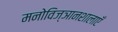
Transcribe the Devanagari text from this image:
मनोविज्ञानशालाएँ